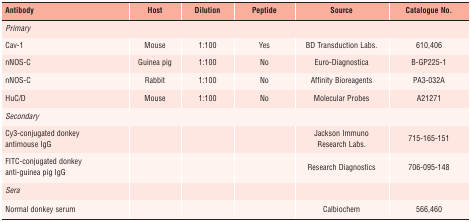
<table><thead><tr><td><b>Antibody</b></td><td><b>Host</b></td><td><b>Dilution</b></td><td><b>Peptide</b></td><td><b>Source</b></td><td><b>Catalogue No.</b></td></tr></thead><tbody><tr><td><i>Primary</i></td><td></td><td></td><td></td><td></td><td></td></tr><tr><td>Cav-1</td><td>Mouse</td><td>1:100</td><td>Yes</td><td>BD Transduction Labs.</td><td>610,406</td></tr><tr><td>nNOS-C</td><td>Guinea pig</td><td>1:100</td><td>No</td><td>Euro-Diagnostica</td><td>B-GP225-1</td></tr><tr><td>nNOS-C</td><td>Rabbit</td><td>1:100</td><td>No</td><td>Affinity Bioreagents</td><td>PA3-032A</td></tr><tr><td>HuC/D</td><td>Mouse</td><td>1:100</td><td>No</td><td>Molecular Probes</td><td>A21271</td></tr><tr><td><i>Secondary</i></td><td></td><td></td><td></td><td></td><td></td></tr><tr><td>Cy3-conjugated donkey antimouse IgG</td><td></td><td></td><td></td><td>Jackson Immuno Research Labs.</td><td>715-165-151</td></tr><tr><td>FITC-conjugated donkey anti-guinea pig IgG</td><td></td><td></td><td></td><td>Research Diagnostics</td><td>706-095-148</td></tr><tr><td><i>Sera</i></td><td></td><td></td><td></td><td></td><td></td></tr><tr><td>Normal donkey serum</td><td></td><td></td><td></td><td>Calbiochem</td><td>566,460</td></tr></tbody></table>